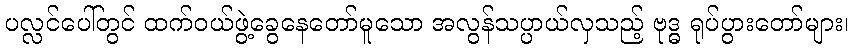
ပလ္လင်ပေါ်တွင် ထက်ဝယ်ဖွဲ့ခွေနေတော်မူသော အလွန်သပ္ပာယ်လှသည့် ဗုဒ္ဓ ရုပ်ပွားတော်များ၊